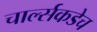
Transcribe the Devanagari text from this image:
चार्ल्सकडेच